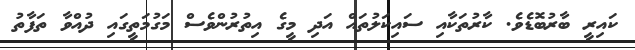
ކައިރީ ބާރުބޮޑެވެ. ކާރުތަކާއި ސައިކަލުތައް އަދި މީގެ އިތުރުންވެސް މަގުމަތީގައި ދުއްވާ ތަފާތު